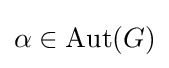
\alpha \in \mathrm {Aut} (G)